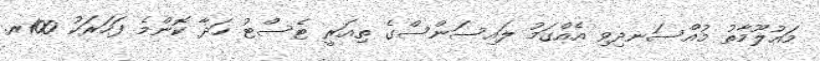
މައުލޫމާތު މުއްސަނދިވި އެއްގަމު ލައިސަންސްގެ ތިއަރީ ޓެސްޓު ހަދާ ކޮންމެ ފަހަރަކު 100ރ.